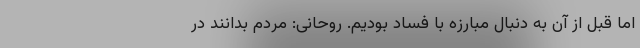
اما قبل از آن به دنبال مبارزه با فساد بودیم. روحانی: مردم بدانند در